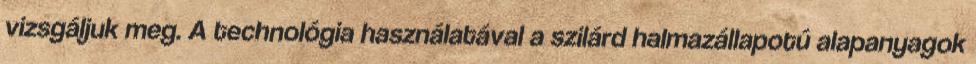
vizsgáljuk meg. A technológia használatával a szilárd halmazállapotú alapanyagok